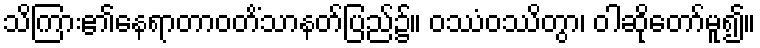
သိကြား၏နေရာတာဝတိံသာနတ်ပြည်၌။ ဝဿံဝဿိတွာ၊ ဝါဆိုတော်မူ၍။